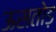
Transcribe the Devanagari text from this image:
ऊसतोड़